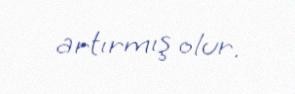
artırmış olur.